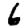
Digit: 6